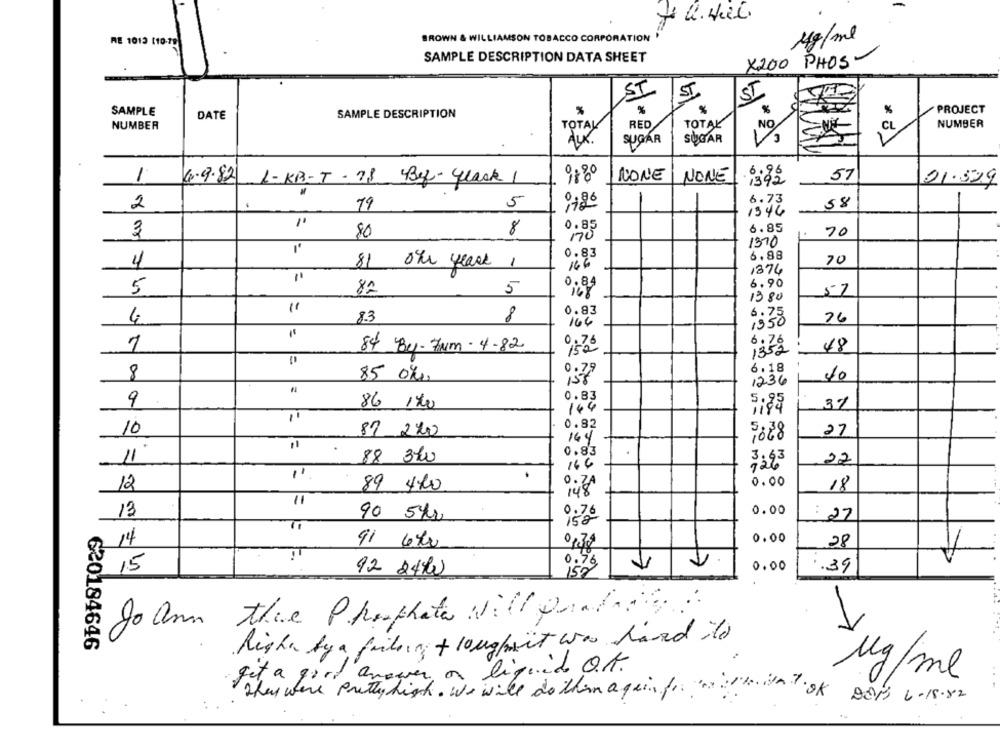
Mg/ml
RE 1013 (10-79
BROWN & WILLIAMSON TOBACCO CORPORATION
SAMPLE DESCRIPTION DATA SHEET
X200 PHOS
ST
ST
ST
SAMPLE
%
%
%
PROJECT
DATE
SAMPLE DESCRIPTION
NUMBER
TOTAL
RED
TOTAL
CL
NUMBER
AUX.
SUGAR
SUGAR
1
4.9.82
L-KB-T- 78 By- Ylack 1
NONE
NONE
6.85
57
21.529
2
19
5
58
1346
3
8
0.85
6.85
70
80
1370
0.83
6.88
4
20
81 0kr years 1
16.6
1374
0.84
6.90
5
82
5
57
1380
0.83
4
83
8
164
26
1550
7
0.76
84 By-7um-4-82
1352
48
6.18
8
85 0%,
0.79
1236
10
0.83
9
86 170
37
144
5:33
0.82
10
87 220
9:28
27
164
11
11
88 310
0.83
3.63
16.4
22
0.00
12
89 420
0.74
18
11
13
0.00
90 542
0.76
: 27
14
0.00
91 6%
0,39
28
0.96
15
0.00
.39
92 24%
152
Jo ann there Phosphate Will Quad
620184646
Risha by a failing + longpont was hard to
answer a liquid Q1.
Mg/ml
they were pretty high. We will do them ageinfo !! OK DEM 6 -15.82